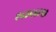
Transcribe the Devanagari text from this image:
२५४५६२१३